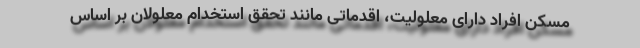
مسكن افراد داراى معلوليت، اقدماتى مانند تحقق استخدام معلولان بر اساس